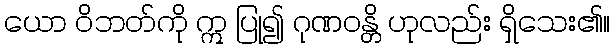
ယော ဝိဘတ်ကို ဣ ပြု၍ ဂုဏဝန္တိ ဟုလည်း ရှိသေး၏။